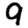
Digit: 9